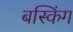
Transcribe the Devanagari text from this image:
बस्किंग